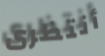
أنتظرى